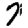
Digit: 7